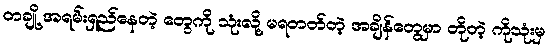
တချို့ အရမ်းရှည်နေတဲ့ တွေကို သုံးလို့ မရတတ်တဲ့ အချိန်တွေမှာ တိုတဲ့ ကိုသုံးမှ